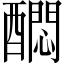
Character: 𲆻